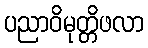
ပညာဝိမုတ္တိဖလာ